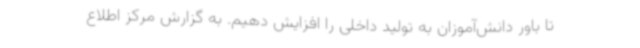
تا باور دانش‌آموزان به تولید داخلی را افزایش دهیم. به گزارش مرکز اطلاع